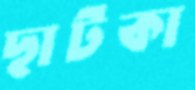
ছাটকা